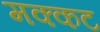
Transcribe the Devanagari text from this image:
मक्कट